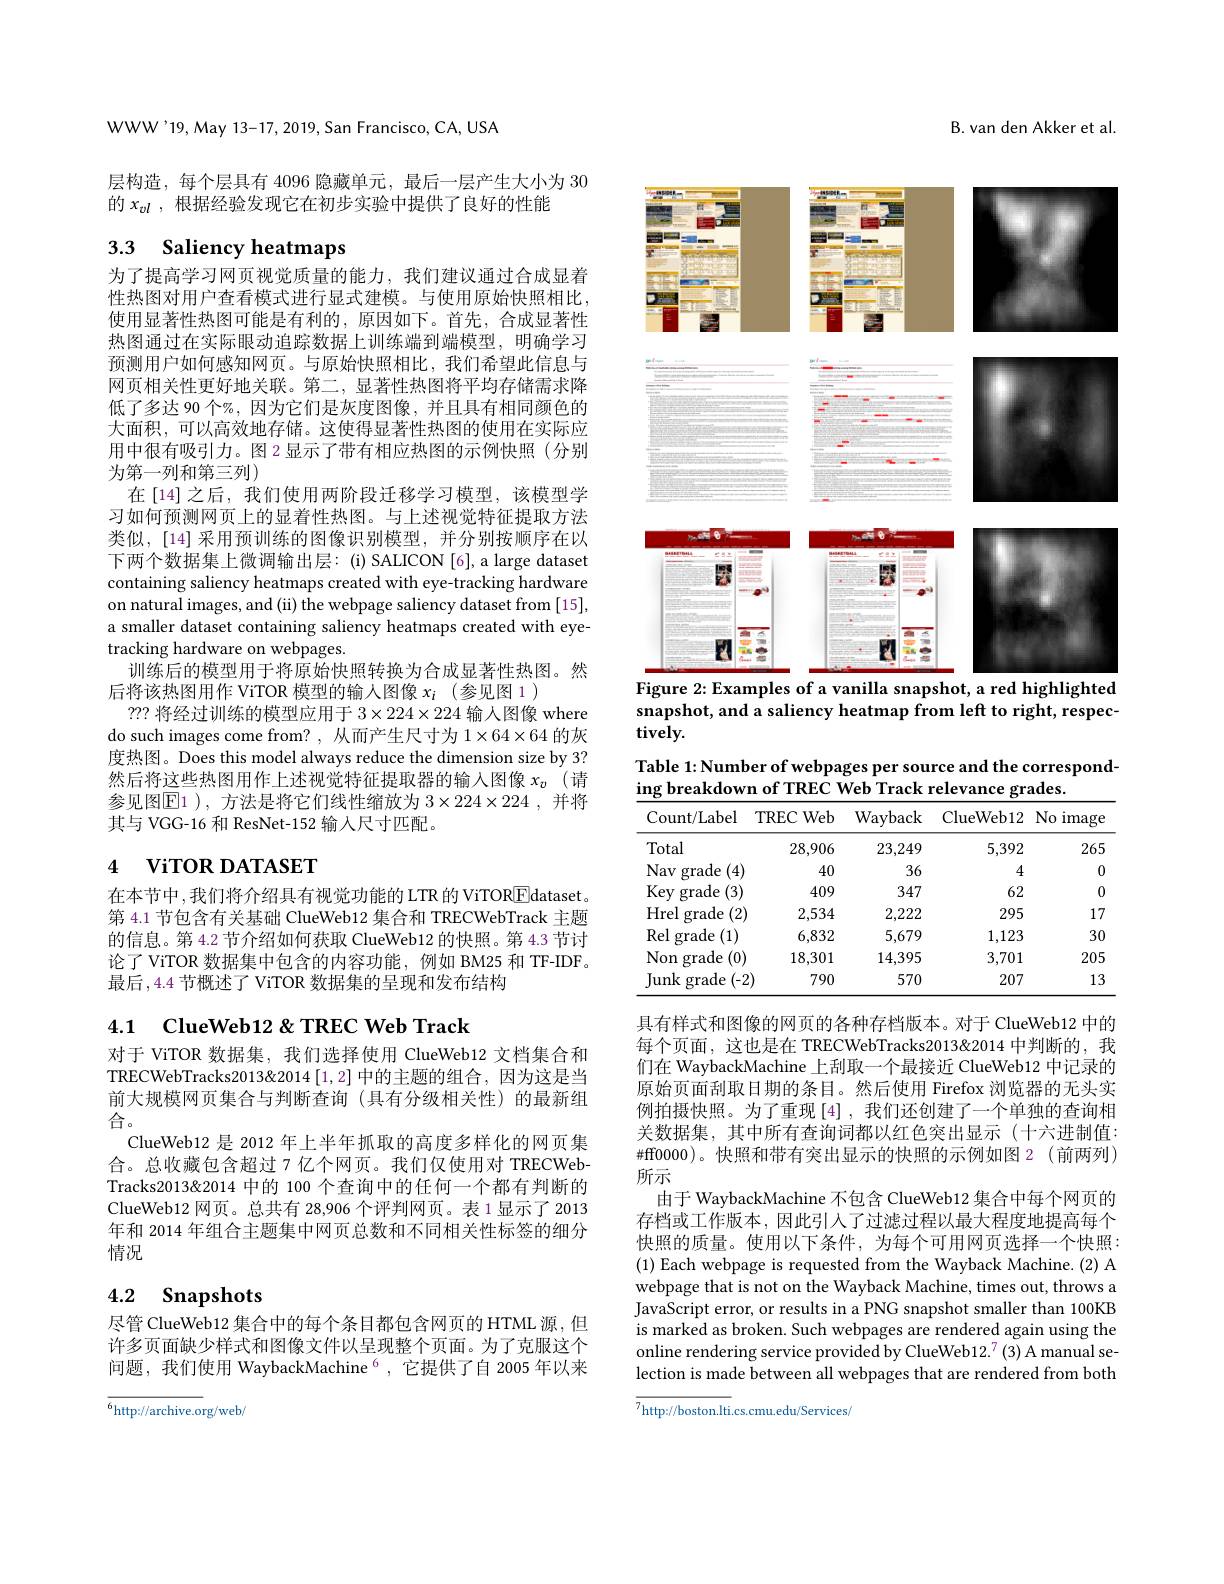
WWW'19,May 13-17,2019, San Francisco, CA, USA

层构造，每个层具有 4096 隐藏单元，最后一层产生大小为 30
的$x_{vl}$,根据经验发现它在初步实验中提供了良好的性能

# 3.3 Saliency heatmaps

为了提高学习网页视觉质量的能力，我们建议通过合成显着性热图对用户查看模式进行显式建模。与使用原始快照相比， 使用显著性热图可能是有利的，原因如下。首先，合成显著性热图通过在实际眼动追踪数据上训练端到端模型，明确学习预测用户如何感知网页。与原始快照相比，我们希望此信息与网页相关性更好地关联。第二，显著性热图将平均存储需求降低了多达 90 个%, 因为它们是灰度图像，并且具有相同颜色的大面积，可以高效地存储。这使得显著性热图的使用在实际应用中很有吸引力。图 2显示了带有相应热图的示例快照(分别为第一列和第三列)
在[14]之后，我们使用两阶段迁移学习模型，该模型学习如何预测网页上的显着性热图。与上述视觉特征提取方法类似，[14] 采用预训练的图像识别模型，并分别按顺序在以下两个数据集上微调输出层：(i)SALICON[6],a large dataset containing saliency heatmaps created with eye-tracking hardware on natural images, and (ii) the webpage saliency dataset from [15], a smaller dataset containing saliency heatmaps created with eyetracking hardware on webpages.
训练后的模型用于将原始快照转换为合成显著性热图。然
后将该热图用作 ViTOR 模型的输入图像$x_i$ (参见图 1)
???将经过训练的模型应用于$3\times224\times224$输人图像 where do such images come from? , 从而产生尺寸为$1\times64\times64$的灰度热图。Does this model always reduce the dimension size by 3? 然后将这些热图用作上述视觉特征提取器的输入图像$x_{v}$ (请参见图$\operatorname{E1}$ ),方法是将它们线性缩放为 $3\times224\times224$ ,并将其与 VGG-16 和 ResNet-152 输人尺寸匹配。

# 4 ViTOR DATASET

在本节中，我们将介绍具有视觉功能的 LTR 的 ViTOREdataset。第 4.1 节包含有关基础 ClueWeb12 集合和 TRECWebTrack 主题的信息。第 4.2 节介绍如何获取 ClueWeb12 的快照。第 4.3 节讨论了 ViTOR 数据集中包含的内容功能，例如 BM25 和 TF-IDF。最后，4.4节概述了 ViTOR 数据集的呈现和发布结构

4.1 ClueWeb$12\&$TREC Web Track

对于 ViTOR 数据集，我们选择使用 ClueWeb12 文档集合和TRECWebTracks2013&2014[1,2] 中的主题的组合，因为这是当前大规模网页集合与判断查询(具有分级相关性)的最新组合。
ClueWeb12 是 2012 年上半年抓取的高度多样化的网页集合。总收藏包含超过7 亿个网页。我们仅使用对 TRECWebTracks2013&2014 中的 100 个查询中的任何一个都有判断的ClueWeb12 网页。总共有 28,906 个评判网页。表 1 显示了 2013年和 2014 年组合主题集中网页总数和不同相关性标签的细分情况

# 4.2 Snapshots

尽管 ClueWeb12 集合中的每个条目都包含网页的 HTML 源，但许多页面缺少样式和图像文件以呈现整个页面。为了克服这个问题，我们使用 WaybackMachine $^{6}$ ,它提供了自 2005 年以来

$^{6}$http://archive.org/web/

B. van den Akker et al.

<FigureHere>
Figure 2: Examples of a vanilla snapshot, a red highlighted

snapshot, and a saliency heatmap from left to right, respec-
$tively.$

Table 1: Number of webpages per source and the correspond-
ing breakdown of TREC Web Track relevance grades

<table>
	<tbody>
		<tr>
			<th>Count/Label</th>
			<th>TRECWeb</th>
			<th>Wayback</th>
			<th>${\mathrm{ClueWeb12}}$</th>
			<th>$No$ image</th>
		</tr>
		<tr>
			<td>Total</td>
			<td>28,906</td>
			<td>23,249</td>
			<td>5,392</td>
			<td>265</td>
		</tr>
		<tr>
			<td>Nav (4) grade</td>
			<td>40</td>
			<td>36</td>
			<td>4</td>
			<td>0</td>
		</tr>
		<tr>
			<td>Key (3) grade</td>
			<td>409</td>
			<td>347</td>
			<td>62</td>
			<td>0</td>
		</tr>
		<tr>
			<td>Hrel (2) grade</td>
			<td>2,534</td>
			<td>2,222</td>
			<td>295</td>
			<td>17</td>
		</tr>
		<tr>
			<td>Rel (1) grade</td>
			<td>6,832</td>
			<td>5,679</td>
			<td>1,123</td>
			<td>30</td>
		</tr>
		<tr>
			<td>Non (0) grade</td>
			<td>18,301</td>
			<td>14,395</td>
			<td>3,701</td>
			<td>205</td>
		</tr>
		<tr>
			<td>$(-2^{\prime}$ Iunk grade</td>
			<td>790</td>
			<td>570</td>
			<td>207</td>
			<td>13</td>
		</tr>
	</tbody>
</table>

具有样式和图像的网页的各种存档版本。对于 ClueWeb12 中的每个页面，这也是在 TRECWebTracks2013&2014 中判断的，我们在 WaybackMachine 上刮取一个最接近 ClueWeb12 中记录的原始页面刮取日期的条目。然后使用 Firefox 浏览器的无头实例拍摄快照。为了重现[4],我们还创建了一个单独的查询相关数据集，其中所有查询词都以红色突出显示(十六进制值： $\#$ff0000)。快照和带有突出显示的快照的示例如图 2(前两列) 所示
由于 WaybackMachine 不包含 ClueWeb12 集合中每个网页的存档或工作版本，因此引人了过滤过程以最大程度地提高每个快照的质量。使用以下条件，为每个可用网页选择一个快照： (1) Each webpage is requested from the Wayback Machine.(2) A webpage that is not on the Wayback Machine, times out, throws a JavaScript error, or results in a PNG snapshot smaller than 100KB is marked as broken. Such webpages are rendered again using the online rendering service provided by ClueWeb12.$^{7}(3)$ A manual selection is made between all webpages that are rendered from both

$^{7}$http://boston.lti.cs.cmu.edu/Services/